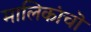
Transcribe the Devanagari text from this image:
मालिकांचॊ